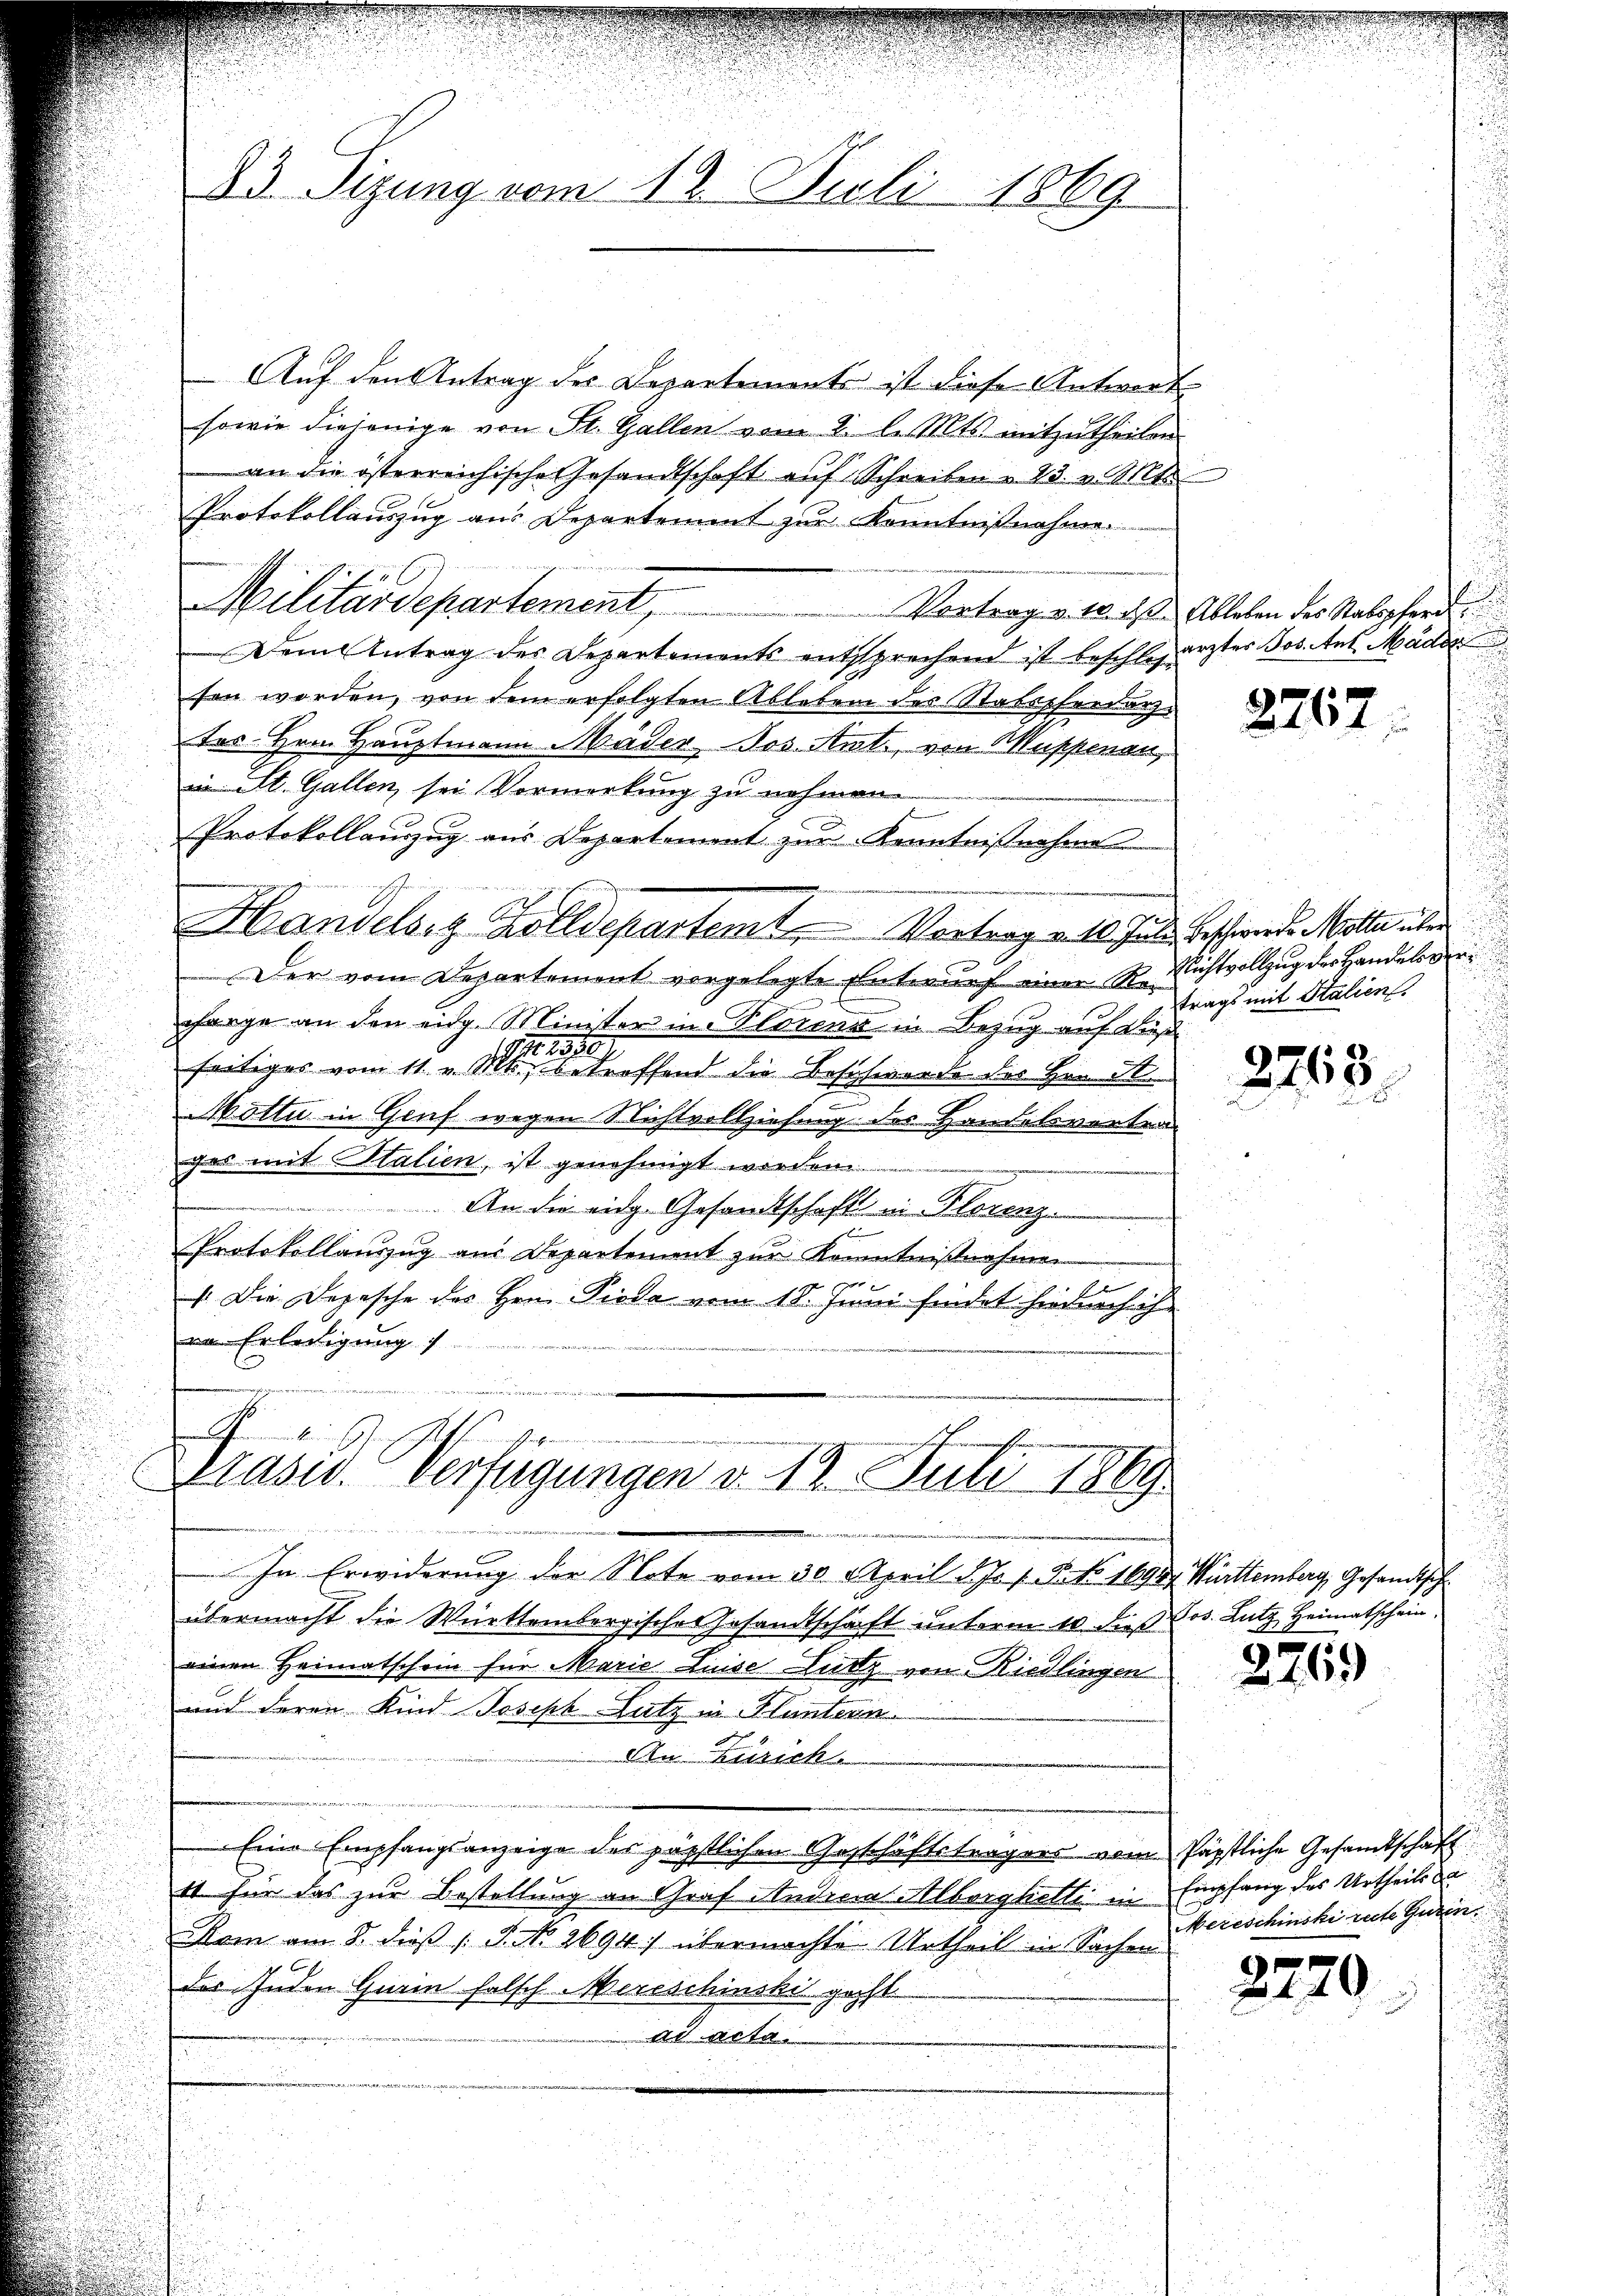
23. Sizung vom 12. Juli 1869

Auf den Antrag des Departements ist diese Antwort
sowie diejenige von St. Gallen vom 2. l. Mts. mitzutheilen.
an die österreichische Gesandtschaft auf Schreiben u. 23. v. Mts.
Protokollauszug aus Departement zur Kenntnißnahme.
Militärdepartement,
Vortrag v. 10. ds. Ableben des Stabspferd
Dem Antrag des Departements entsprechend ist beschlosarzter Jos. Ant. Mäde
sen worden, von dem erfolgten Ableben des Stabspferdarztes Hrn. Hauptmann Mäder Jos. Amt, von Muppenau,
in St. Gallen sei Vormerkung zu nehmen.
Protokollauszug aus Departement zur Kenntnißnahme
Handelsitz Zolldepartemt Vortrag voll. Jede Beschwerde Malle über
Der vom Departement vorgelegte Entwurf einer Rei
farge an den eidg. Minister in Florens in Bezug auf dieß
seitiges vom 11. v. Mts. betreffend die Beschwerde des Hrn. R
Motta in Gruf wegen Nichtvollziehung des Handelsvortrag
ges mit Italien, ist genehmigt worden
 An die eidg. Gesandtschaft in Florenz
i
Protokollauszug aus Departement zur Kenntnißnahmen
 Die Depesche des Hrn. Pioda vom 18. Juni findet hiederhöhe
re. Erledigung
.

In Erwiderung der Note vom 30. April d. Js. 1. N. N. 1690 Württemberg, Gesandtsch
übermacht die Württembergischer Gesandtschaft unterm 10 die Los. Lutz Heimatschein
einen Heimatschein für Marie Liese Lutz von Riedlingen
und deren Kind Joseph Latz in Fluntern.
An Zürich
Eine Empfangsanzeige des päpstlichen Geschäftsträgers vom päpstliche Gesandtschaft
4t für das zur Bestellung an Graf Andreas Alberghalte in Empfang des Urtheils da
Kom am 8. dieß S. No 2694) übermachte Urtheil in Sachen
des Juden Harin falsch ereschinski geht
ad acta

A
Prasis. Verfügungen v. 18. Juli 1869
1.
u

2267

Richtvollzug der Handelsgeri
trags mit Stalien.

2763
e

2269

Mereschinski recte Gurin

2220